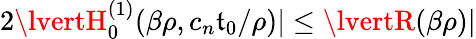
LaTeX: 2\lvertH_{0}^{(1)}(\beta\rho,c_{n}\mathfrak{t}_{0}/\rho)\rvert\le\lvertR(\beta\rho)\rvert